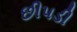
છીપડી